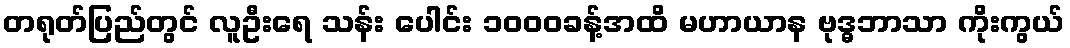
တရုတ်ပြည်တွင် လူဦးရေ သန်း ပေါင်း ၁၀၀၀ခန့်အထိ မဟာယာန ဗုဒ္ဓဘာသာ ကိုးကွယ်